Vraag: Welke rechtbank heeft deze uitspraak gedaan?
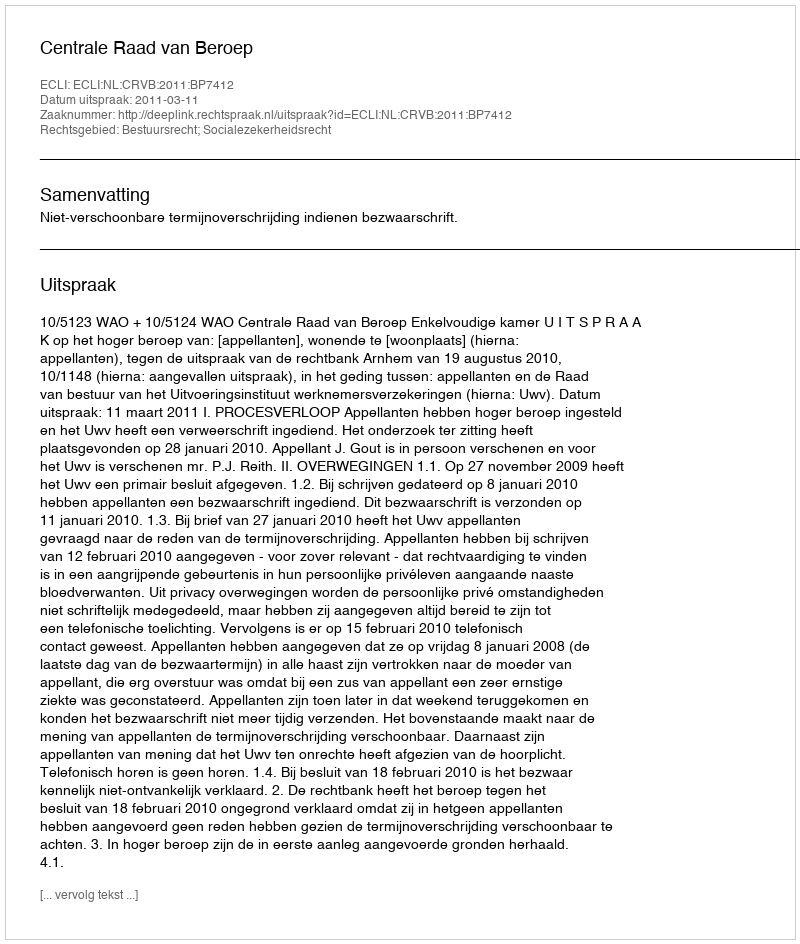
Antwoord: Centrale Raad van Beroep